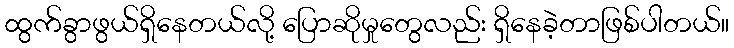
ထွက်ခွာဖွယ်ရှိနေတယ်လို့ ပြောဆိုမှုတွေလည်း ရှိနေခဲ့တာဖြစ်ပါတယ်။